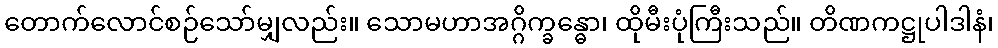
တောက်လောင်စဉ်သော်မျှလည်း။ သောမဟာအဂ္ဂိက္ခန္ဓော၊ ထိုမီးပုံကြီးသည်။ တိဏကဋ္ဌုပါဒါနံ၊